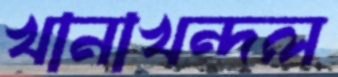
খানাখন্দল